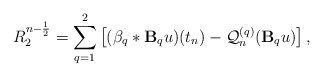
\begin{align*} R_2^{n-\frac{1}{2}} = \sum\limits_{q=1}^{2}\left[ (\beta_q \ast \mathbf{B}_qu)(t_n) - \mathcal{Q}_{n}^{(q)}(\mathbf{B}_qu) \right], \end{align*}